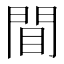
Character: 𫔝